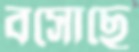
বসোছে